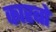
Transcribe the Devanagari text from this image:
कारबो